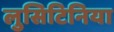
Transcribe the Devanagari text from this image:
लुसिटिनिया